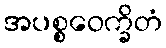
အပစ္စဝေက္ခိတံ